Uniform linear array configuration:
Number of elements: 12
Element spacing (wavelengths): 1
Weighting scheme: cosine
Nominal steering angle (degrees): -15
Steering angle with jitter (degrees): -14.112
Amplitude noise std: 0.05
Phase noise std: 0.05

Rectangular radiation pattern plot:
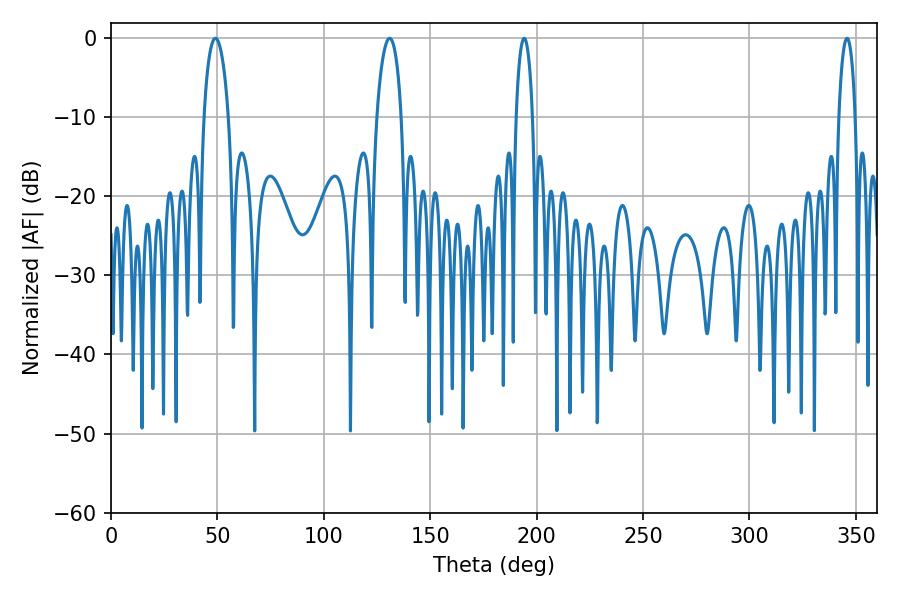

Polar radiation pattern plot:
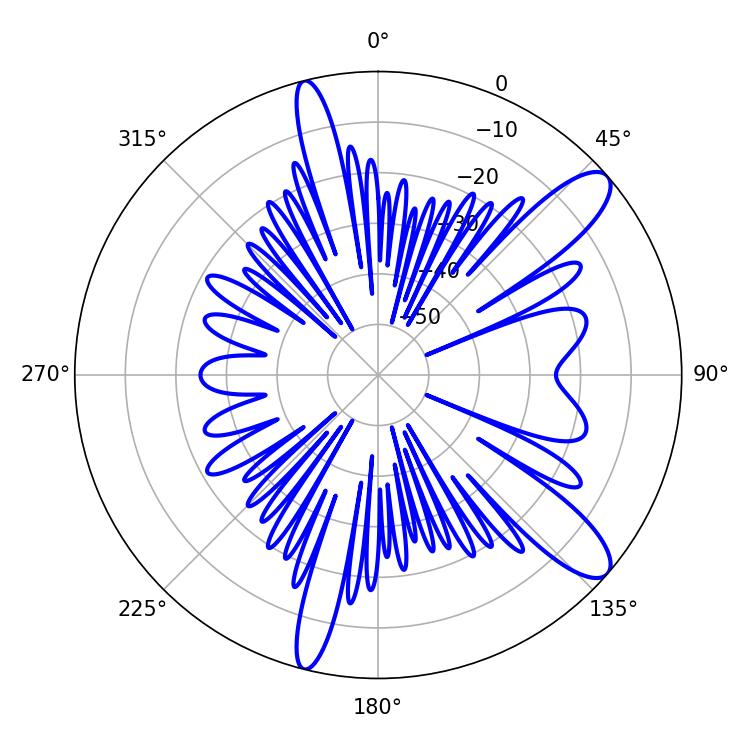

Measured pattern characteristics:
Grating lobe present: TRUE
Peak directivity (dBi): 11.168
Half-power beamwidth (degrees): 6.66
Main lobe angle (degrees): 49.14